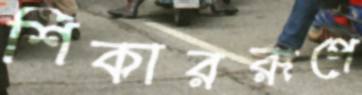
শিকাররূপে